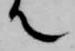
て